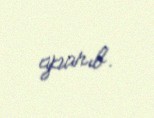
aparıb.